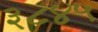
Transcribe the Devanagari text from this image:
३८४५